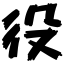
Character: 役